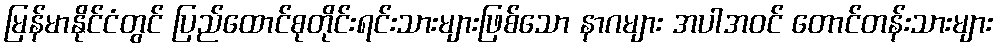
မြန်မာနိုင်ငံတွင် ပြည်ထောင်စုတိုင်းရင်းသားများဖြစ်သော နာဂများ အပါအဝင် တောင်တန်းသားများ